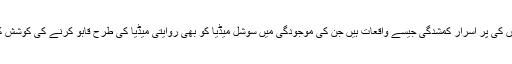
ایک طرف یہ یک طرفہ قانون ہیں اور دوسری طرف لوگوں کی پر اسرار کمشدگی جیسے واقعات ہیں جن کی موجودگی میں سوشل میڈیا کو بھی روایتی میڈیا کی طرح قابو کرنے کی کوشش کی گئی ہے، جو بڑی حد تک کامیاب ہوتی نظر آ رہی ہے۔